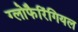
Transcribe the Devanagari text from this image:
ग्लोफैरिंगियल